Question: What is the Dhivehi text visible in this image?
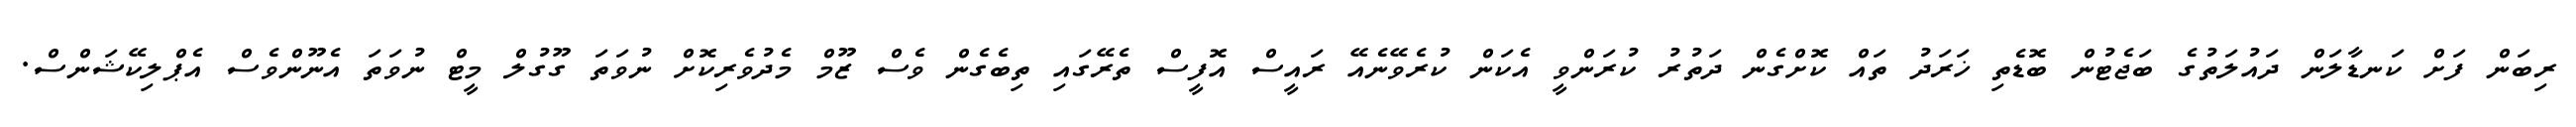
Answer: ރިބަން ފަށް ކަނޑާލަން ދައުލަތުގެ ބަޖެޓުން ބޮޑެތި ޚަރަދު ތައް ކޮށްގެން ދަތުރު ކުރަންވީ އެކަން ކުރެވޭނެއޭ ރައީސް އޮފީސް ތެރޭގައި ތިބެގެން ވެސް ޒޫމް މެދުވެރިކޮށް ނުވަތަ ގޫގުލް މީޓް ނުވަތަ އެނޫންވެސް އެޕްލިކޭޝަންސް.